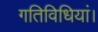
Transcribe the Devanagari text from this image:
गतिविधियां।